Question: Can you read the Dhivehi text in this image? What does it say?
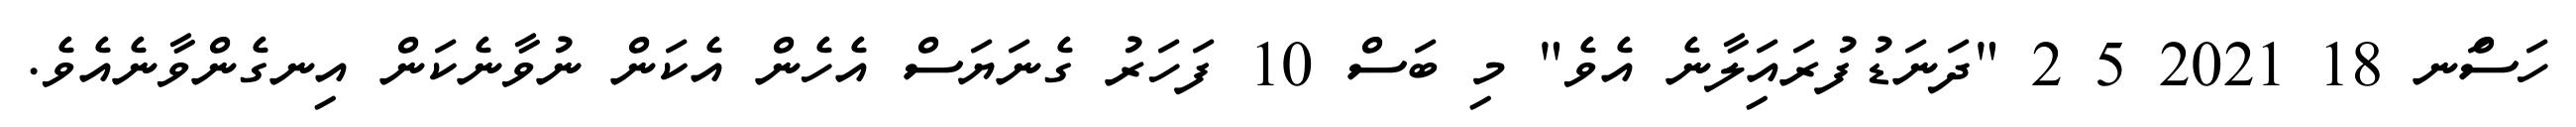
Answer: ހަސަްނ 18 2021 5 2 "ދަނަޑުފުރައަިލާނެ އެވެ" މި ބަސް 10 ފަހަރު ގެނަޔަސް އެހެން އެކަން ނުވާނެކަން އިނގެންވާނެއެވެ.